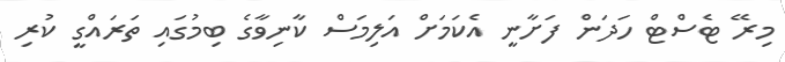
މިރޭ ޓެސްޓް ހަދަން ފަށާނީ އެކަމަށް އަލިމަސް ކާނިވާގެ ބިމުގައި ތަރައްގީ ކުރި